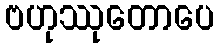
ဗဟုဿုတောပေ